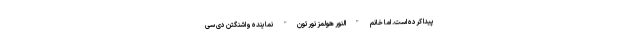
پیدا کرده است. اما خانم "النور هولمز نورتون" نماینده واشنگتن دی سی